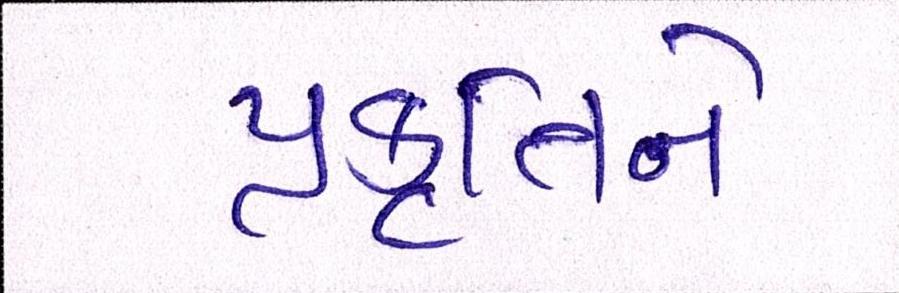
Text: પ્રકૃતિને